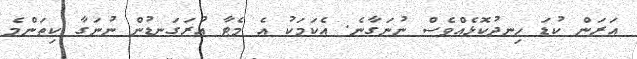
އަރަން ކުޑަ ހިނދުކޮޅެއްވެސް ނުނަގާނެ. އެކަމަކު އެ މެޓާ އުރަގަނޑުން ނުނަގާ ކިތަންމެ